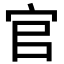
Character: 官